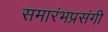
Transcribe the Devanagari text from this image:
समारंभप्रसंगी